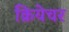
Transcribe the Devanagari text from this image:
क्रियेचर